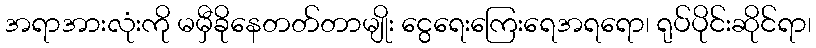
အရာအားလုံးကို မမှီခိုနေတတ်တာမျိုး ငွေရေးကြေးရေအရရော၊ ရုပ်ပိုင်းဆိုင်ရာ၊